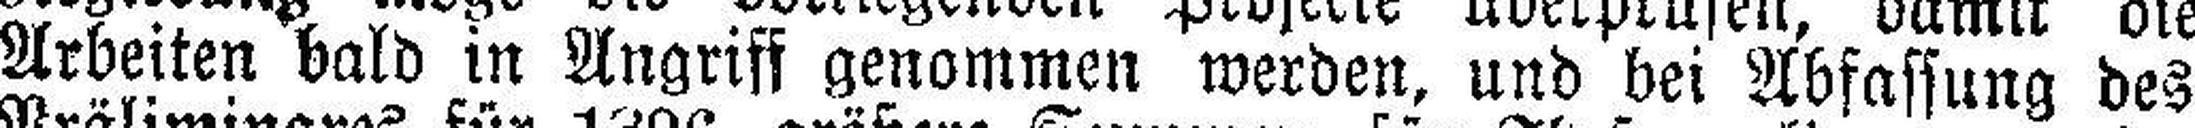
Arbeiten bald in Angriff genommen werden, und bei Abfassung des